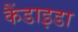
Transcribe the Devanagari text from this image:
कैंडाइडा